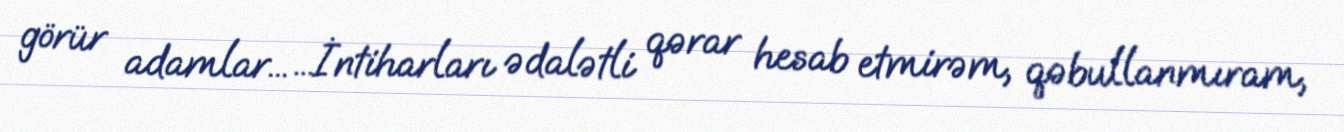
görür adamlar... ...İntiharları ədalətli qərar hesab etmirəm, qəbullanmıram,